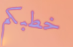
خطبكم